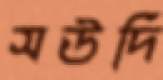
সউদি